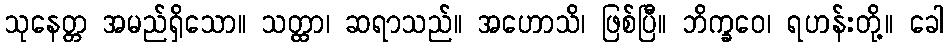
သုနေတ္တ အမည်ရှိသော။ သတ္ထာ၊ ဆရာသည်။ အဟောသိ၊ ဖြစ်ပြီ။ ဘိက္ခဝေ၊ ရဟန်းတို့။ ခေါ